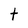
Character: t